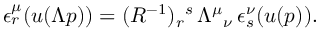
\epsilon _ { r } ^ { \mu } ( u ( \Lambda p ) ) = ( R ^ { - 1 } ) _ { r } { } ^ { s } \, \Lambda ^ { \mu } { } _ { \nu } \, \epsilon _ { s } ^ { \nu } ( u ( p ) ) .